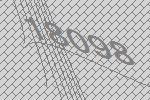
18098